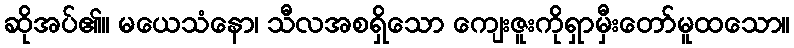
ဆိုအပ်၏။ မယေသံနော၊ သီလအစရှိသော ကျေးဇူးကိုရှာမှီးတော်မူထသော။